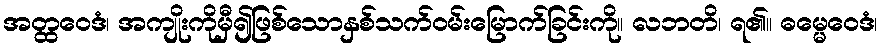
အတ္ထဝေဒံ၊ အကျိုးကိုမှီ၍ဖြစ်သောနှစ်သက်ဝမ်းမြောက်ခြင်းကို။ လဘတိ၊ ရ၏။ ဓမ္မေဝေဒံ၊